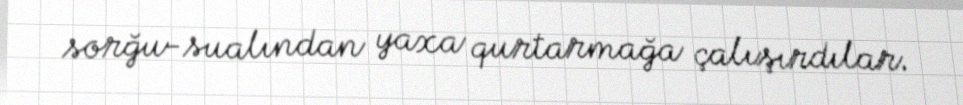
sorğu-sualından yaxa qurtarmağa çalışırdılar.